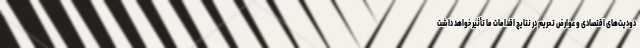
دودیت‌های اقتصادی و عوارض تحریم در نتایج اقدامات ما تأثیر خواهد داشت